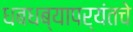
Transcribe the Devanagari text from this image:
धबधब्यापर्यंतचे